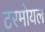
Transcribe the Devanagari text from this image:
टरमोयल